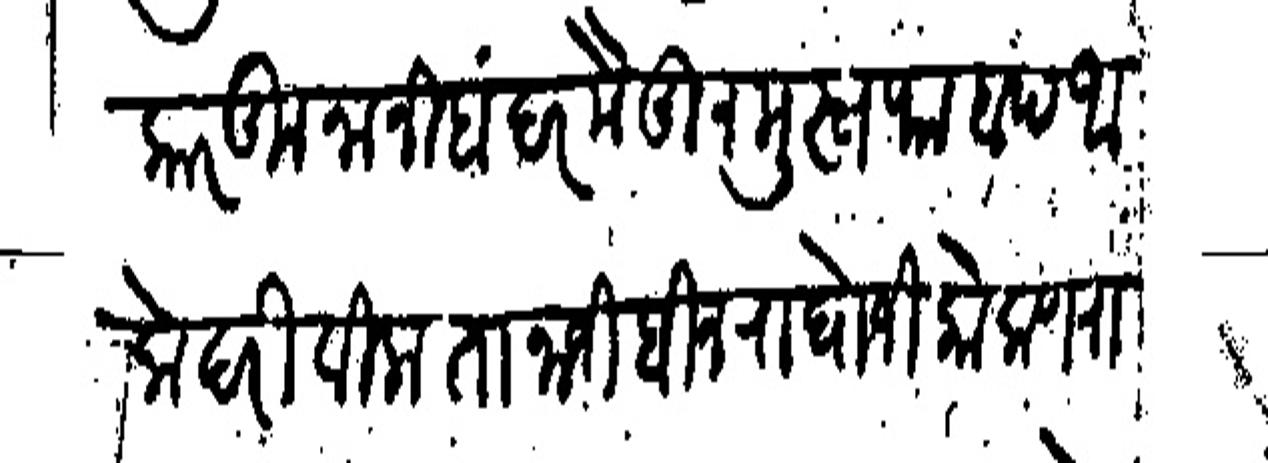
Transliteration (Devanagari): कारकुनानी बंदर मैमुन-मुस्तफाबाद आंके दरीविला तानाजी बिन राघोजी कोकणराव